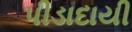
પીડાદાયી